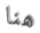
هنا